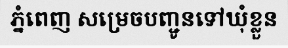
ភ្នំពេញ សម្រេចបញ្ជូនទៅឃុំខ្លួន